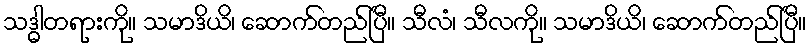
သဒ္ဓါတရားကို။ သမာဒိယိ၊ ဆောက်တည်ပြီ။ သီလံ၊ သီလကို။ သမာဒိယိ၊ ဆောက်တည်ပြီ။